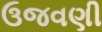
ઉજવણી